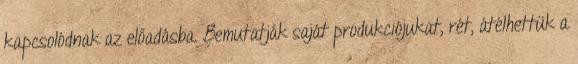
kapcsolódnak az előadásba. Bemutatják saját produkciójukat, rét, átélhettük a